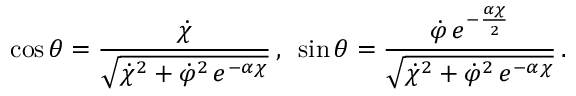
\cos \theta = \frac { \dot { \chi } } { \sqrt { \dot { \chi } ^ { 2 } + \dot { \varphi } ^ { 2 } \, e ^ { - \alpha \chi } } } \, , \, \, \, \sin \theta = \frac { \dot { \varphi } \, e ^ { - \frac { \alpha \chi } { 2 } } } { \sqrt { \dot { \chi } ^ { 2 } + \dot { \varphi } ^ { 2 } \, e ^ { - \alpha \chi } } } \, .